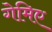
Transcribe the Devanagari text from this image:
गेमिए